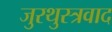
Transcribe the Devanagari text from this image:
जुरथुस्त्रवाद